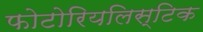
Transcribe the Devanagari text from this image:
फोटोरियलिस्टिक